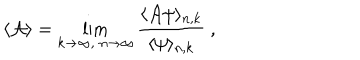
\langle { \cal A } \rangle = \lim _ { k \to \infty , \; n \to \infty } { \frac { \langle { \cal A } \psi \rangle _ { n , k } } { \langle \psi \rangle _ { n , k } } } \ ,